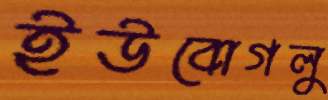
ইউবোগলু